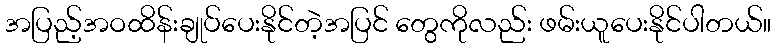
အပြည့်အဝထိန်းချုပ်ပေးနိုင်တဲ့အပြင် တွေကိုလည်း ဖမ်းယူပေးနိုင်ပါတယ်။